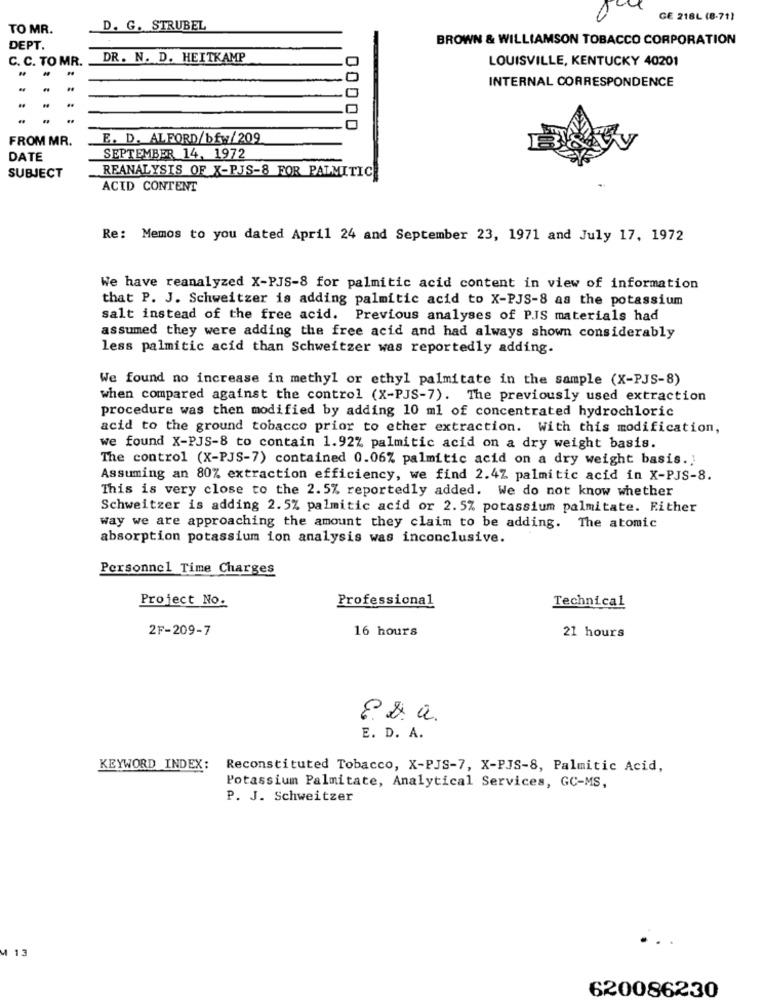
GE 218L (8-71)
TO MR.
D. G. STRUBEL
BROWN & WILLIAMSON TOBACCO CORPORATION
DEPT.
C. C. TO MR.
DR. N. D. HEITKAMP
LOUISVILLE, KENTUCKY 40201
INTERNAL CORRESPONDENCE
..
FROM MR.
E. D. ALFORD/bfw/209
00000
DATE
SEPTEMBER 14. 1972
REANALYSIS OF X-PJS-8 FOR PALMITIC
SUBJECT
ACID CONTENT
Re: Memos to you dated April 24 and September 23, 1971 and July 17, 1972
We have reanalyzed X-PJS-8 for palmitic acid content in view of information
that P. J. Schweitzer is adding palmitic acid to X-PJS-8 as the potassium
salt instead of the free acid. Previous analyses of PJS materials had
assumed they were adding the free acid and had always shown considerably
less palmitic acid than Schweitzer was reportedly adding.
We found no increase in methyl or ethyl palmitate in the sample (X-PJS-8)
when compared against the control (X-PJS-7). The previously used extraction
procedure was then modified by adding 10 ml of concentrated hydrochloric
acid to the ground tobacco prior to ether extraction. With this modification,
we found X-PJS-8 to contain 1.92% palmitic acid on a dry weight basis.
The control (X-PJS-7) contained 0.06% palmitic acid on a dry weight basis.'
Assuming an 80% extraction efficiency, we find 2.4% palmitic acid in X-PJS-8.
This is very close to the 2.5% reportedly added. We do not know whether
Schweitzer is adding 2.5% palmitic acid or 2.5% potassium palmitate. Either
Way we are approaching the amount they claim to be adding. The atomic
absorption potassium ion analysis was inconclusive.
Personnel Time Charges
Project No.
Professional
Technical
2F-209-7
16 hours
21 hours
8. s.a.
E. D. A.
KEYWORD_INDEX:
Reconstituted Tobacco, X-PJS-7, X-PJS-8, Palmitic Acid,
Potassium Palmitate, Analytical Services, GC-MS,
P. J. Schweitzer
M 13
620086230